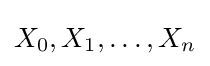
X_{0},X_{1},\dots ,X_{n}